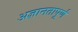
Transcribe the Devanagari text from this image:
अज्ञानतापूर्ण